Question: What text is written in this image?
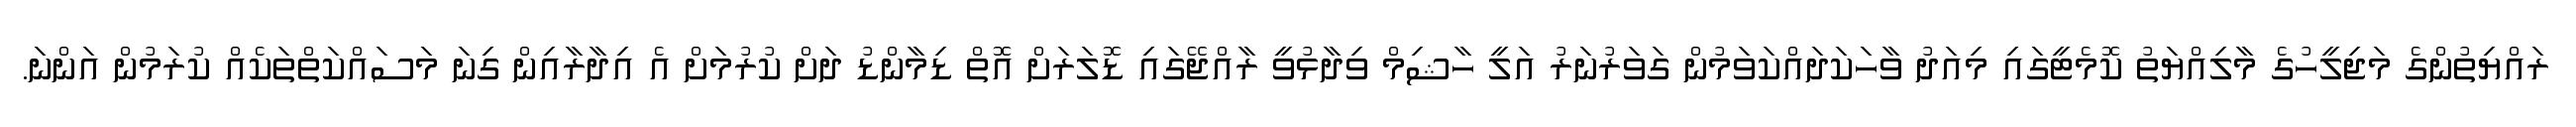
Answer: ރައްޔިތުންގެ މަޖިލީހުގެ މާލިއްޔަތު ކޮމެޓީގައި މިއަދު ވާހަކަދައްކަވަމުން ގަވަރުނަރު އަލީ ހާޝިމް ވިދާޅުވީ ރާއްޖޭގައި ޑޮލަރަށް އޮތް ޑިމާންޑު ދަށް ކުރުމަށް އެ އިދާރާއިން ގިނަ މަސައްކަތްތަކެއް ކުރަމުން އަންނަ.